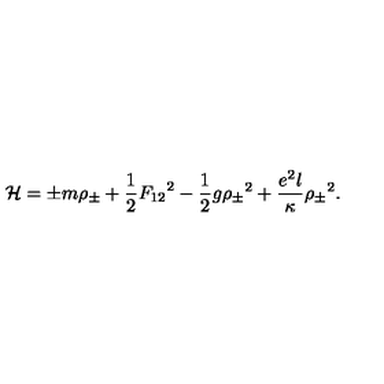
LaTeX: { \cal H } = { \pm } m { \rho } _ { \pm } + { \frac { 1 } { 2 } } { F _ { 1 2 } } ^ { 2 } - { \frac { 1 } { 2 } } g { { \rho } _ { \pm } } ^ { 2 } + { \frac { e ^ { 2 } l } { \kappa } } { { \rho } _ { \pm } } ^ { 2 } .